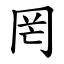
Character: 罔